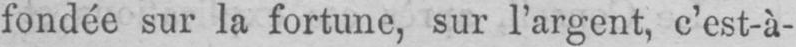
fondée sur la fortune, sur l’argent, c’est-à-